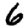
Digit: 6